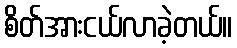
စိတ်အားငယ်လာခဲ့တယ်။